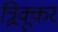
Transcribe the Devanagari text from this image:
त्र्र्र्रिक्कूर